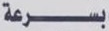
بسرعة